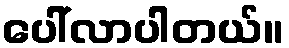
ပေါ်လာပါတယ်။